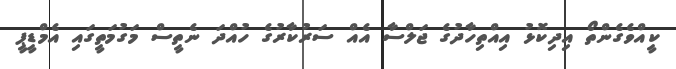
ކީއްވެގެންތޯ އިދިކޮޅު އިއްތިހާދުގެ ޖަލްސާ އެއް ސަރުކާރުގެ ހުއްދަ ނެތީސް މަގުމަތީގައި އެމްޑީޕީ